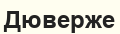
Дюверже